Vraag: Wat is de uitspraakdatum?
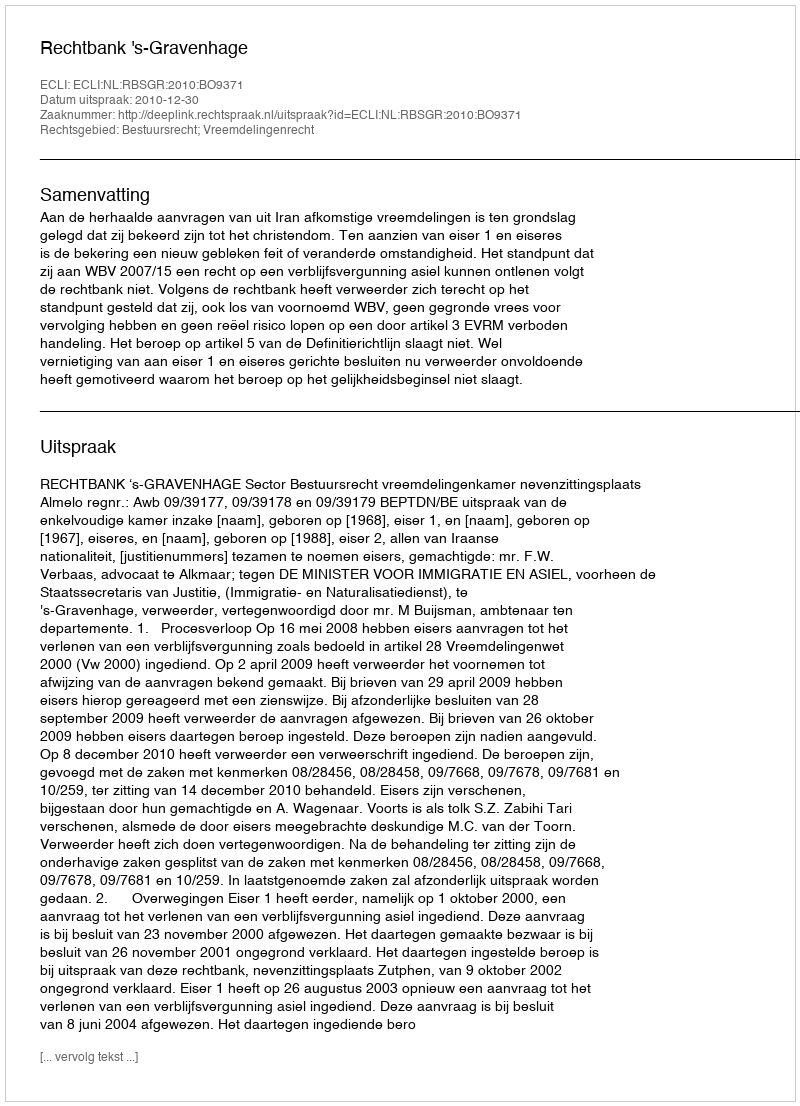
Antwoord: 2010-12-30